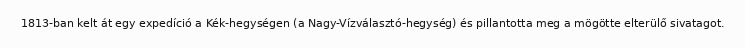
1813-ban kelt át egy expedíció a Kék-hegységen (a Nagy-Vízválasztó-hegység) és pillantotta meg a mögötte elterülő sivatagot.